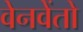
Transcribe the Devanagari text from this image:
वेनवेंतो